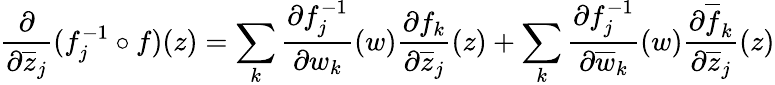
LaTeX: {\frac{\partial}{\partial{\overline{{z}}}_{j}}}(f_{j}^{-1}\circ f)(z)=\sum_{k}{\frac{\partial f_{j}^{-1}}{\partial w_{k}}}(w){\frac{\partial f_{k}}{\partial{\overline{{z}}}_{j}}}(z)+\sum_{k}{\frac{\partial f_{j}^{-1}}{\partial{\overline{{w}}}_{k}}}(w){\frac{\partial{\overline{{f}}}_{k}}{\partial{\overline{{z}}}_{j}}}(z)